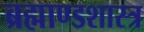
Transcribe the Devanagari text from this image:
ब्रह्माण्डशास्त्र